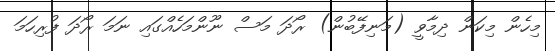
މިހެން މިކަން ދިމާވީ (މަނިފޭބުން) ރޯދަ މަސް ނޫންމަހެއްގައި ނަމަ ރޯދަ ފުރިހަމަ